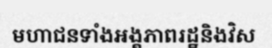
មហាជនទាំងអង្គភាពរដ្ឋនិងវិស